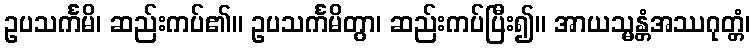
ဥပသင်္ကမိ၊ ဆည်းကပ်၏။ ဥပသင်္ကမိတွာ၊ ဆည်းကပ်ပြီး၍။ အာယသ္မန္တံအဿဂုတ္တံ၊